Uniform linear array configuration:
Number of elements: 48
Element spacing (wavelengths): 1
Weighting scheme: exponential
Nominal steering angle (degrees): -15
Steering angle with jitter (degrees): -13.211
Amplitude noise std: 0.05
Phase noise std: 0.05

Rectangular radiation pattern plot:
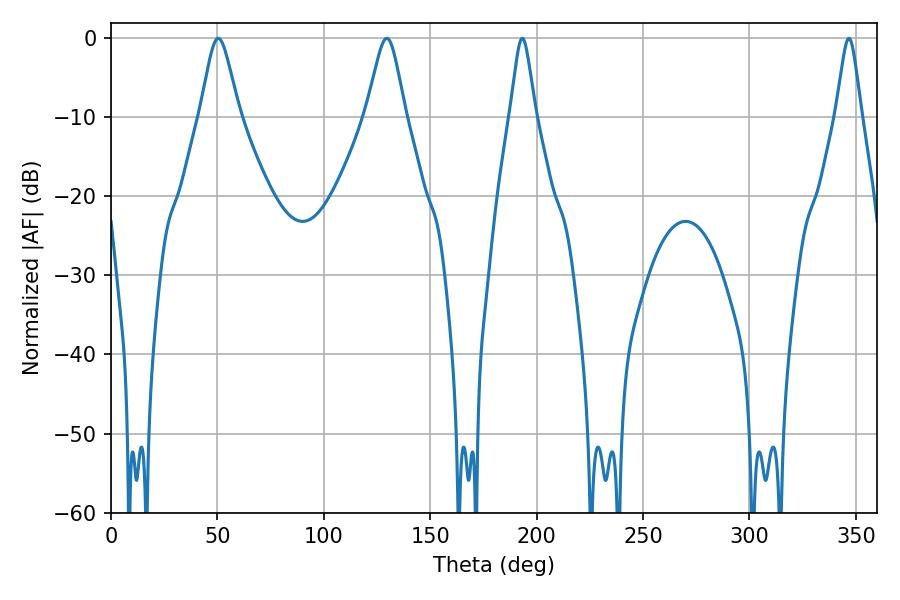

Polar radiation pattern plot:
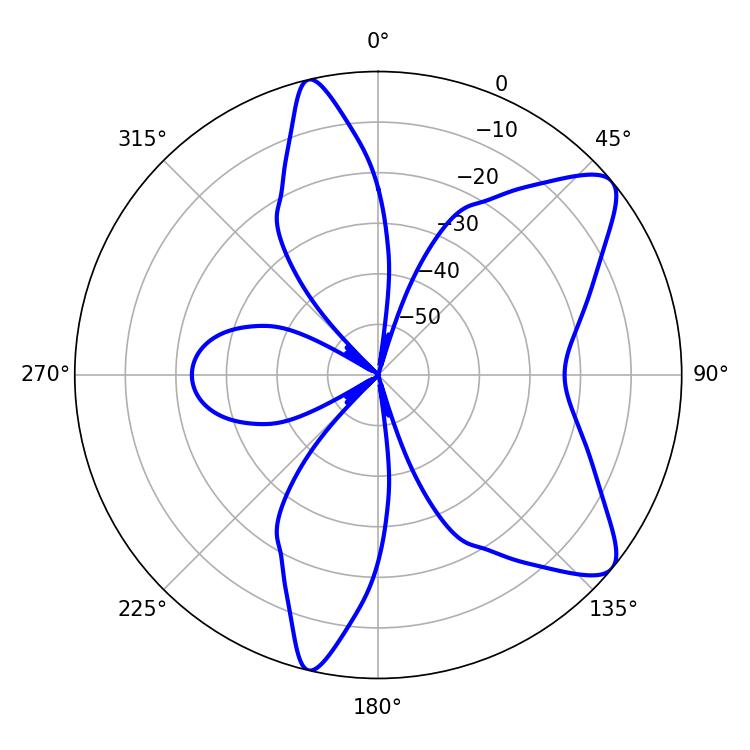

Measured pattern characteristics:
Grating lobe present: TRUE
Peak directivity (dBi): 9.145
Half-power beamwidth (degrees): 9
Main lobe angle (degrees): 50.4